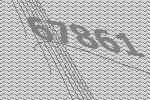
67861